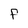
Character: F